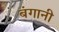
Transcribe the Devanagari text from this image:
बंगानी